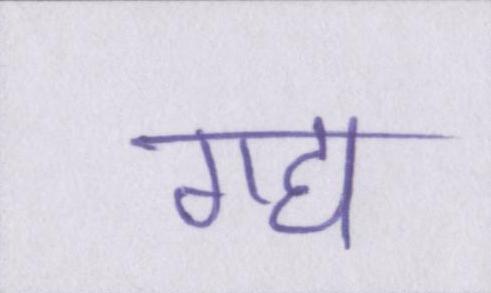
गद्य